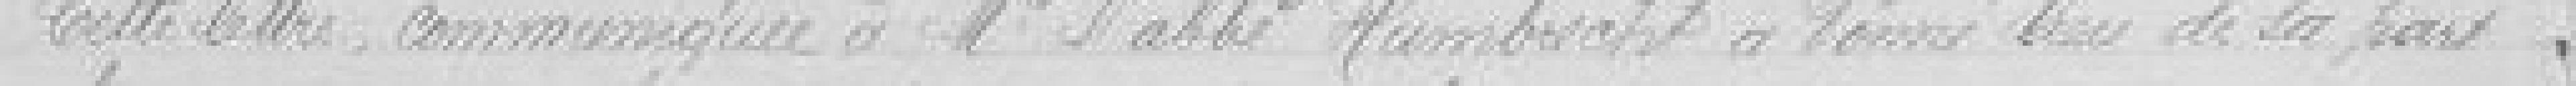
Cette lettre communiquée à Monsieur l'abbé Humbrecht a donné lieu de sa part